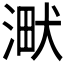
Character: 𣸋